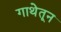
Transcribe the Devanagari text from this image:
गाथेतून